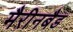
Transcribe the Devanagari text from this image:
मैरीनबैड